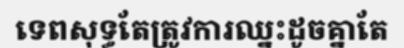
ទេពសុទ្ធតែត្រូវការឈ្នះដូចគ្នាតែ